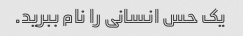
یک حس انسانی را نام ببرید.